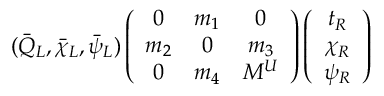
( \bar { Q } _ { L } , \bar { \chi } _ { L } , \bar { \psi } _ { L } ) \left( \begin{array} { c c c } { { 0 } } & { { m _ { 1 } } } & { { 0 } } \\ { { m _ { 2 } } } & { { 0 } } & { { m _ { 3 } } } \\ { { 0 } } & { { m _ { 4 } } } & { { M ^ { U } } } \end{array} \right) \left( \begin{array} { c } { { t _ { R } } } \\ { { \chi _ { R } } } \\ { { \psi _ { R } } } \end{array} \right)